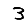
Digit: 3